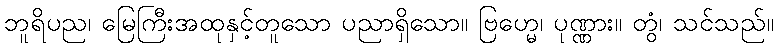
ဘူရိပည၊ မြေကြီးအထုနှင့်တူသော ပညာရှိသော။ ဗြဟ္မေ၊ ပုဏ္ဏား။ တွံ၊ သင်သည်။